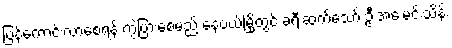
ပြန်ကောင်းလာစေရန် ကွဲပြားစေမည် နေပယ်မြို့တွင် ခရီးဆက်သော် ဦးအေးမင်းသိန်း